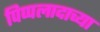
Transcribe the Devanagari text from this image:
पिप्पलादाच्या